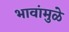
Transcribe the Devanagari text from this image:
भावांमुळे